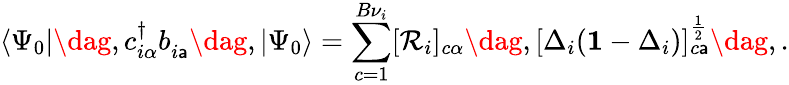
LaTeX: \langle\Psi_{0}|\dag,c_{i\alpha}^{\dagger}b_{i\mathsf{a}}^{\phantom{\dagger}}\dag,|\Psi_{0}\rangle=\sum_{c=1}^{B{\nu}_{i}}[\mathcal{{R}}_{i}]_{c\alpha}\dag,[\Delta_{i}(\mathbf{{1}}-\Delta_{i})]_{c\mathsf{a}}^{\frac{{1}}{{2}}}\dag,.